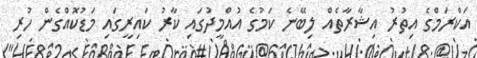
އަކްރަމްގެ އިތުރު އިޝާރާތެއް ލިބޭނެ ކަމުގެ އުއްމީދުގައި ކާރު ކައިރީގައި މަޑުކޮއްގެން ހުރި